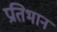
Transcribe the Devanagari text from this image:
प्रतिभान